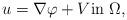
LaTeX: \begin{align*} u = \nabla \varphi + V \textrm{in } \Omega, \end{align*}